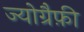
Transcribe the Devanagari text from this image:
ज्योग्रैफ़ी